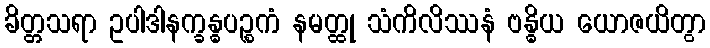
ခိတ္တသရာ ဥပါဒါနက္ခန္ဓပဉ္စကံ နမတ္ထု သံကိလိဿနံ ဗန္ဓိယ ယောဇယိတွာ